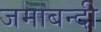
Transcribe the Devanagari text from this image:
जमाबन्दी